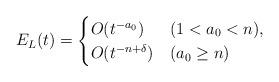
LaTeX: \begin{align*} E_L(t) &= \begin{cases} O(t^{-a_0}) &(1<a_0<n),\\ O(t^{-n+\delta}) &(a_0 \ge n) \end{cases}\end{align*}